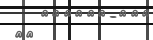
٤١